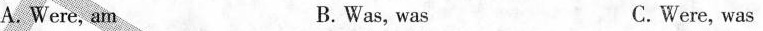
A.Were, am B.Was, was C.Were, was